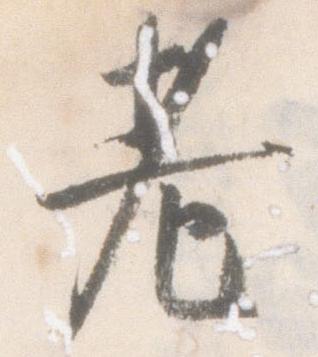
老